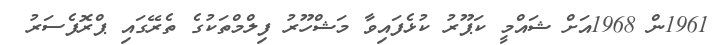
1961ން 1968އަށް ޝައްމީ ކަޕޫރު ކުޅެފައިވާ މަޝްހޫރު ފިލްމްތަކުގެ ތެރޭގައި ޕްރޮފެސަރު